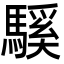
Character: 騱